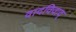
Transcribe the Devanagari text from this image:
वादविवाद्